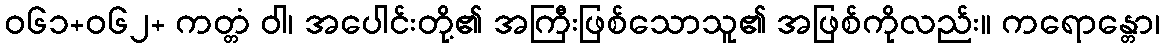
ဝ၆၁+၀၆၂+ ကတ္တံ ဝါ၊ အပေါင်းတို့၏ အကြီးဖြစ်သောသူ၏ အဖြစ်ကိုလည်း။ ကရောန္တော၊